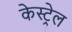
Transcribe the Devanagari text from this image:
केस्ट्रेल